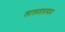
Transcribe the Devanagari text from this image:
लालताप्रसाद